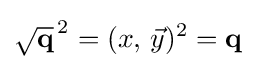
{\sqrt {\mathbf {q} }}^{\,2}=(x,\,{\vec {y}})^{2}=\mathbf {q}